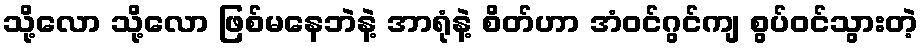
သို့လော သို့လော ဖြစ်မနေဘဲနဲ့ အာရုံနဲ့ စိတ်ဟာ အံဝင်ဂွင်ကျ စွပ်ဝင်သွားတဲ့